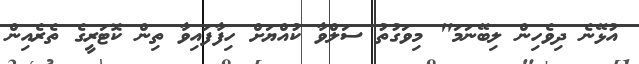
އުޅޭނެ ދިވެހިން ލިބޭނަމަ" މިވަގުތު ސަލްވާ ކުއްޔަށް ހިފާފައިވާ ތިން ކޮޓަރީގެ ތެރެއިން